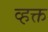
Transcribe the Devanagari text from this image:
व्हक्त